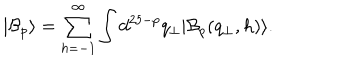
LaTeX: | \mathcal { B } _ { p } \rangle = \sum _ { h = - 1 } ^ { \infty } \int d ^ { 2 5 - p } q _ { \bot } | \mathcal { B } _ { p } ( q _ { \bot } , h ) \rangle .